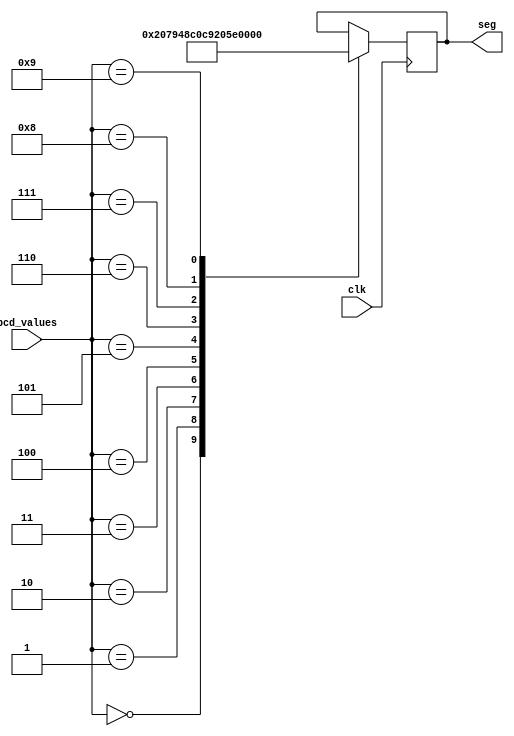


module BCD_2x7(bcd_values,seg,clk);

//INPUTS:
input [3:0] bcd_values;
input clk;
//units - BUS OF WIRES FROM (REGISTER THAT LATCHES THE NUMBER OF UNITS) TO (BCD_2X7_UNITS_DECODER)
//clk - WIRE FROM OUTPUT OF THE PLL TO THE BCD_2X7_UNITS_DECODER

//OUTPUT: 
output reg [6:0] seg;
//units_seg - REGISTER THAT LATCHES THE VALUE FOR 7-SEGMENT DISPLAY FOR UNITS


//////////////////////////////BCD_2X7_UNITS_DECODER/////////////////////////////////////////////////////////////
always @ (posedge clk)
begin
	case(bcd_values)
		0:	seg = 7'b1000000;
		1:	seg = 7'b1111001;
		2:	seg = 7'b0100100;
		3:	seg = 7'b0110000;
		4:	seg = 7'b0011001;
		5:	seg = 7'b0010010;
		6:	seg = 7'b0000010;
		7:	seg = 7'b1111000;
		8:	seg = 7'b0000000;
		9:	seg = 7'b0010000;
	endcase
end
endmodule
////////////////////////////////////////////////////////////////////////////////////////////////////////////////